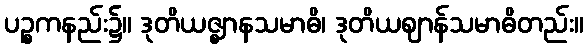
ပဉ္စကနည်း၌။ ဒုတိယဇ္ဈာနသမာဓိ၊ ဒုတိယဈာန်သမာဓိတည်း။